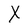
Character: X